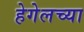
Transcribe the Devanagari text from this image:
हेगेलच्या